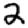
Digit: 2